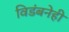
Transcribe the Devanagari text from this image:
विडंबनेही